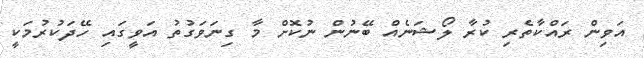
އަވިން ރައްކާތެރި ކުރާ ލޯޝަނެއް ބޭނުން ނުކޮށް މާ ގިނަވަގުތު އަވީގައި ހޭދަކުރުމަކީ